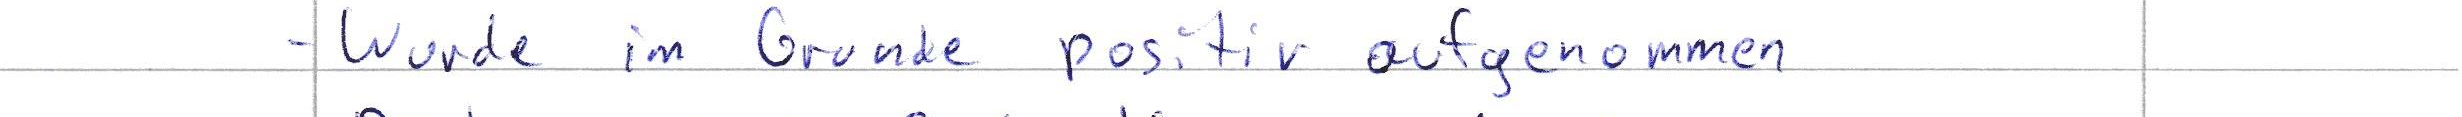
- Wurde im Grunde positiv aufgenommen